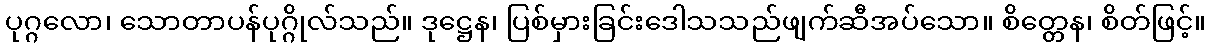
ပုဂ္ဂလော၊ သောတာပန်ပုဂ္ဂိုလ်သည်။ ဒုဋ္ဌေန၊ ပြစ်မှားခြင်းဒေါသသည်ဖျက်ဆီအပ်သော။ စိတ္တေန၊ စိတ်ဖြင့်။